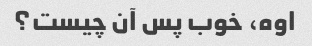
اوه، خوب پس آن چیست؟